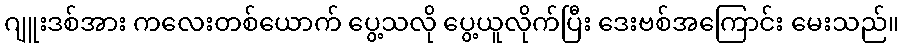
ဂျူးဒစ်အား ကလေးတစ်ယောက် ပွေ့သလို ပွေ့ယူလိုက်ပြီး ဒေးဗစ်အကြောင်း မေးသည်။